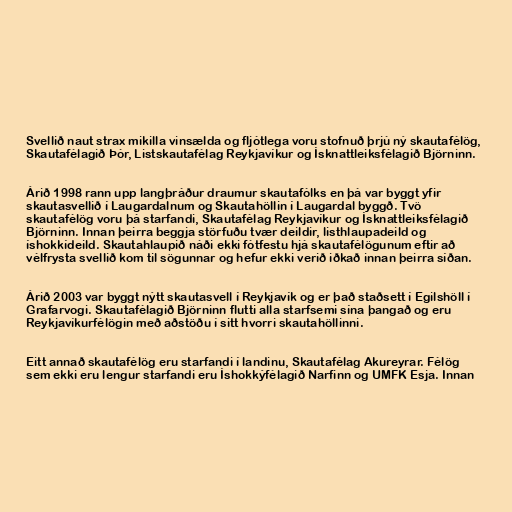
Svellið naut strax mikilla vinsælda og fljótlega voru stofnuð þrjú ný skautafélög,
Skautafélagið Þór, Listskautafélag Reykjavíkur og Ísknattleiksfélagið Björninn.

Árið 1998 rann upp langþráður draumur skautafólks en þá var byggt yfir
skautasvellið í Laugardalnum og Skautahöllin í Laugardal byggð. Tvö
skautafélög voru þá starfandi, Skautafélag Reykjavíkur og Ísknattleiksfélagið
Björninn. Innan þeirra beggja störfuðu tvær deildir, listhlaupadeild og
íshokkídeild. Skautahlaupið náði ekki fótfestu hjá skautafélögunum eftir að
vélfrysta svellið kom til sögunnar og hefur ekki verið iðkað innan þeirra síðan.

Árið 2003 var byggt nýtt skautasvell í Reykjavík og er það staðsett í Egilshöll í
Grafarvogi. Skautafélagið Björninn flutti alla starfsemi sína þangað og eru
Reykjavíkurfélögin með aðstöðu í sitt hvorri skautahöllinni.

Eitt annað skautafélög eru starfandi í landinu, Skautafélag Akureyrar. Félög
sem ekki eru lengur starfandi eru Íshokkýfélagið Narfinn og UMFK Esja. Innan